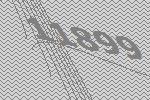
11899